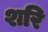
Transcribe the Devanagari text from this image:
शरि